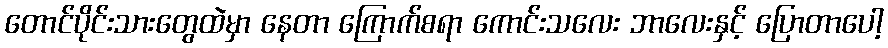
တောင်ပိုင်းသားတွေထဲမှာ နေတာ ကြောက်စရာ ကောင်းသလေး ဘာလေးနှင့် ပြောတာပေါ့